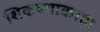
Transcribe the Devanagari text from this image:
शिकण्याकरता